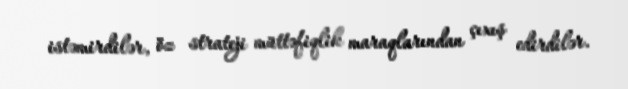
istəmirdilər, öz strateji müttəfiqlik maraqlarından çıxış edirdilər.